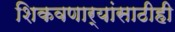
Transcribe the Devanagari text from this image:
शिकवणार्‍यांसाठीही